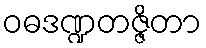
ဝဓဒဏ္ဍတဇ္ဇိတာ